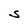
Character: S